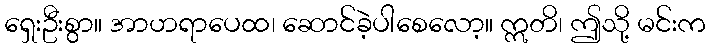
ရှေးဦးစွာ။ အာဟရာပေထ၊ ဆောင်ခဲ့ပါစေလော့။ ဣတိ၊ ဤသို့ မင်းက